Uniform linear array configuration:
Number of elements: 4
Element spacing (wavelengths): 0.5
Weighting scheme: cosine
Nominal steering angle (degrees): -45
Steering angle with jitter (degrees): -45.512
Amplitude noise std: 0.05
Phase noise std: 0.05

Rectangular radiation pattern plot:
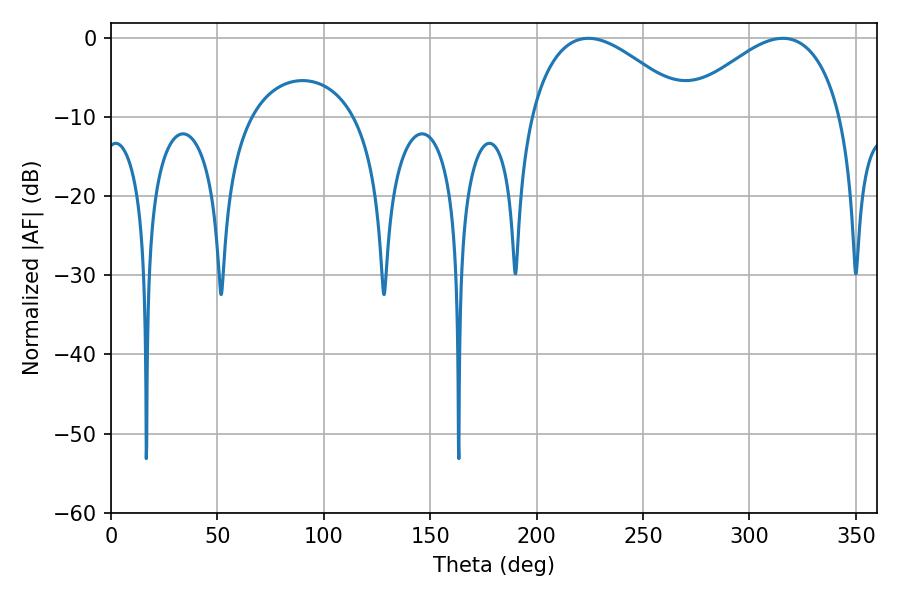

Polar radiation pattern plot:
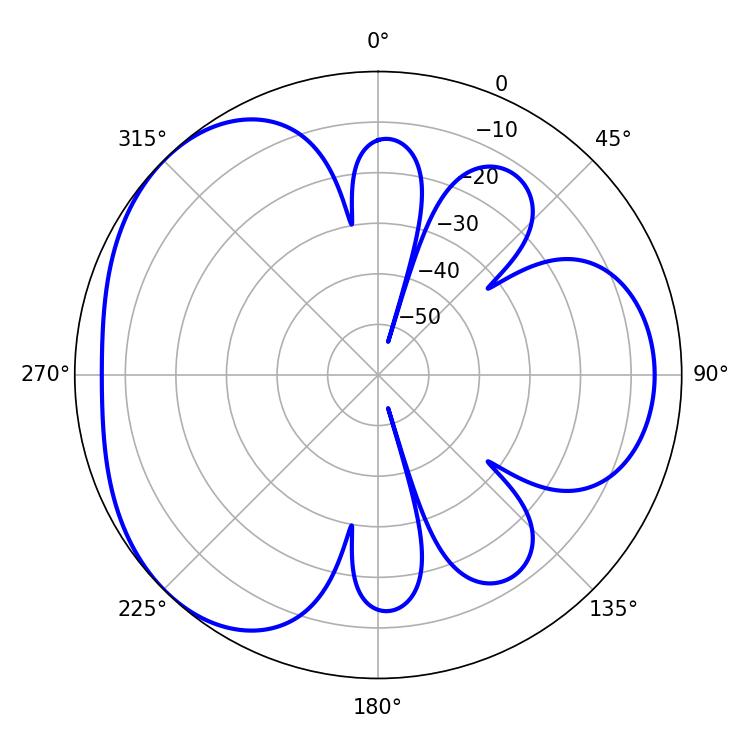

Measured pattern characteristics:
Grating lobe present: FALSE
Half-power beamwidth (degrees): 40.86
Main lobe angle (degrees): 315.72